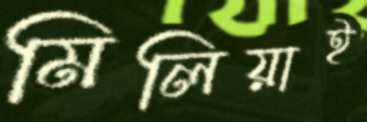
মিলিয়াই